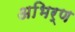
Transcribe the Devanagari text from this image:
अभिर्ण